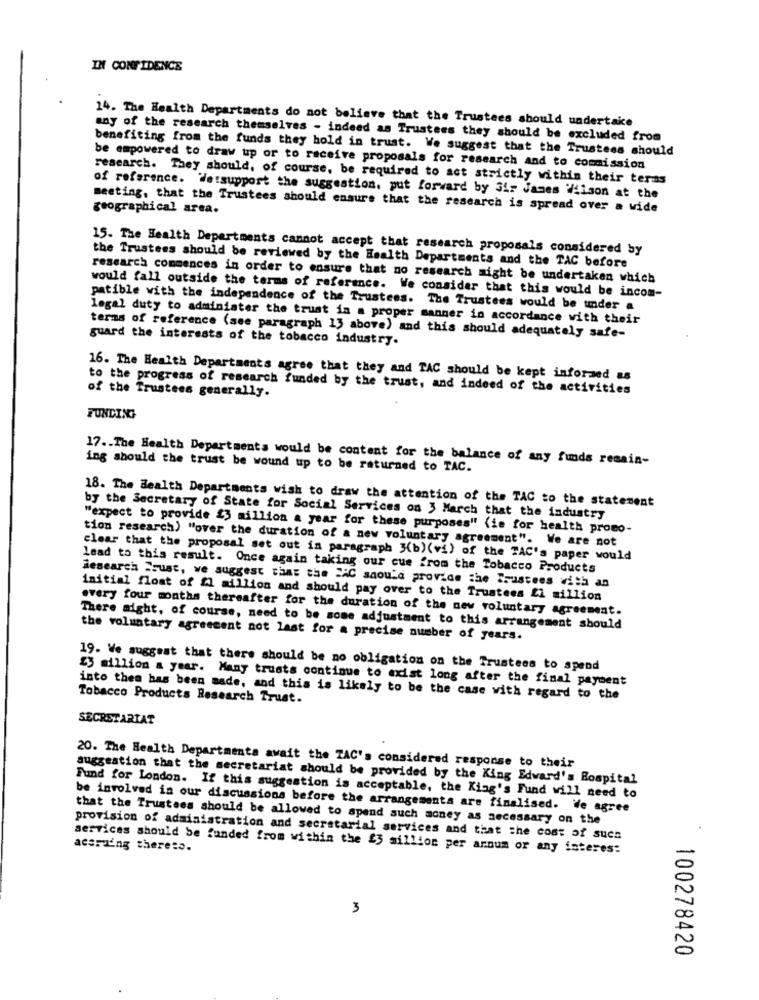
IN CONFIDENCE
14. The Health Departments do not believe that the Trustees should undertake
any of the research themselves - indeed as Trustees they should be excluded from
benefiting from the funds they hold in trust. We suggest that the Trustees should
be empowered to draw up or to receive proposals for research and to commission
research. They should, of course, be required to act strictly within their teras
of reference. Wetsupport the suggestion, put forward by Sir James Wilson at the
meeting, that the Trustees should ensure that the research is spread over a wide
geographical area.
15. The Health Departments cannot accept that research proposals considered by
the Trustees should be reviewed by the Health Departments and the TAC before
research commences in order to ensure that no research might be undertaken which
would fall outside the terms of reference. We consider that this would be incom-
patible with the independence of the Trustees. The Trustees would be under a
legal duty to administer the trust in a proper manner in accordance with their
terms of reference (see paragraph 13 above) and this should adequately safe-
guard the interests of the tobacco industry.
16. The Health Departments agree that they and TAC should be kept informed as
to the progress of research funded by the trust, and indeed of the activities
of the Trustees generally.
FUNDING
17 .. The Health Departments would be content for the balance of any funds remain-
ing should the trust be wound up to be returned to TAC.
18. The Health Departments wish to draw the attention of the TAC to the statement
by the Secretary of State for Social Services on 3 March that the industry
"expect to provide $3 million a year for these purposes" (ie for health promo-
tion research) "over the duration of a new voluntary agreement". We are not
clear that the proposal set out in paragraph 3(b)(vi) of the TAC's paper would
lead to this result. Once again taking our cue from the Tobacco Products
Sesearch Srust, we suggest that the CAC should provide the Trustees with an
initial float of fl million and should pay over to the Trustees £1 million
.very four months thereafter for the duration of the new voluntary agreement.
There might, of course, need to be some adjustment to this arrangement should
the voluntary agreement not last for a precise number of years.
19. We suggest that there should be no obligation on the Trustees to spend
£3 million a year. Many trusts continue to exist long after the final payment
Tobacco Products Research Trust.
into thea has been made, and this is likely to be the case with regard to the
SECRETARIAT
20. The Health Departmenta await the TAC's considered response to their
suggestion that the secretariat should be provided by the King Edward's Bospital
Fund for London. If this suggestion is acceptable, the King's Fund will need to
be involved in our discussions before the arrangements are finalised. ile agree
that the Trustees should be allowed to spend such money as necessary on the
provision of administration and secretarial services and that the cost of such
services should be funded from within the £3 million per annum or any isteres:
acsruing thereto.
3
100278420